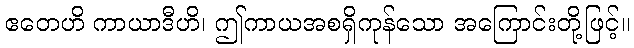
ဧတေဟိ ကာယာဒီဟိ၊ ဤကာယအစရှိကုန်သော အကြောင်းတို့ဖြင့်။